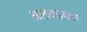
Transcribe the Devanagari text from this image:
आठवडयात